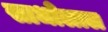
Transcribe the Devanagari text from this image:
साधोलाल